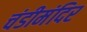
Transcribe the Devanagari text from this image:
चंडीमंदिर